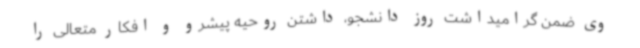
وی ضمن گرامیداشت روز دانشجو، داشتن روحیه پیشرو و افکار متعالی را